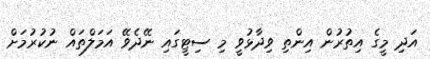
އަދި މީގެ އިތުރުން އިންތި ވިދާޅުވީ މި ސިޓީގައި ނޭދެވޭ އަމަލްތައް ނުކުރުމަށް